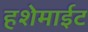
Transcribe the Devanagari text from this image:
हशेमाईट